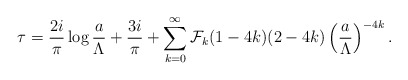
\begin{align*}\tau={2i\over \pi}\log {a\over \Lambda}+{3i\over\pi}+\sum_{k=0}^\infty {\cal F}_k(1-4k)(2-4k)\left({a\over \Lambda}\right)^{-4k}.\end{align*}